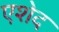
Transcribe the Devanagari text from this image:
एशेद